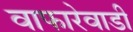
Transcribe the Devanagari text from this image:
वाफारेवाडी